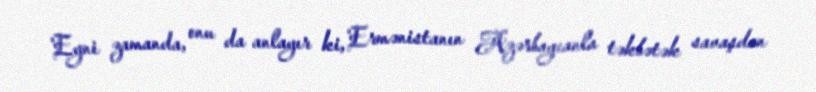
Eyni zamanda, onu da anlayır ki, Ermənistanın Azərbaycanla təkbətək savaşdan